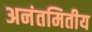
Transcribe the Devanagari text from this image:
अनंतमितीय